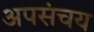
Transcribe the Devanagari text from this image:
अपसंचय